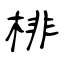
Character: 棑